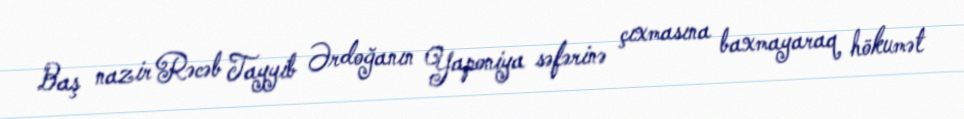
Baş nazir Rəcəb Tayyib Ərdoğanın Yaponiya səfərinə çıxmasına baxmayaraq hökumət